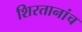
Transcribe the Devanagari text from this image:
शिरतानांच